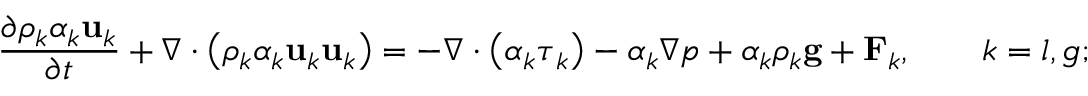
\frac { \partial \rho _ { k } \alpha _ { k } \mathbf { u } _ { k } } { \partial t } + \nabla \cdot \left( \rho _ { k } \alpha _ { k } \mathbf { u } _ { k } \mathbf { u } _ { k } \right) = - \nabla \cdot \left( \alpha _ { k } \boldsymbol { \tau } _ { k } \right) - \alpha _ { k } \nabla p + \alpha _ { k } \rho _ { k } \mathbf { g } + \mathbf { F } _ { k } , \qquad k = l , g ;